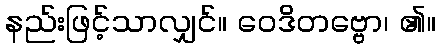
နည်းဖြင့်သာလျှင်။ ဝေဒိတဗ္ဗော၊ ၏။